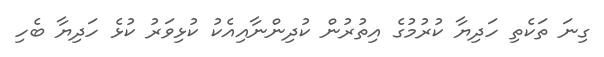
ގިނަ ތަކެތި ހަދިޔާ ކުރުމުގެ އިތުރުން ކުދިންނާއިއެކު ކުޅިވަރު ކުޅެ ހަދިޔާ ބެހި